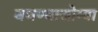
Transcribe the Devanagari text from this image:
बघण्याजोग्या